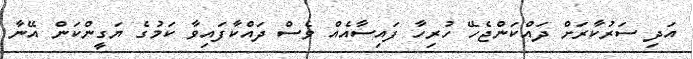
އަދި ސަރުކާރަށް ދައްކަންޖެހޭ ހުރިހާ ފައިސާއެއް ވެސް ދައްކާފައިވާ ކަމުގެ ޔަގީންކަން އޭނާ